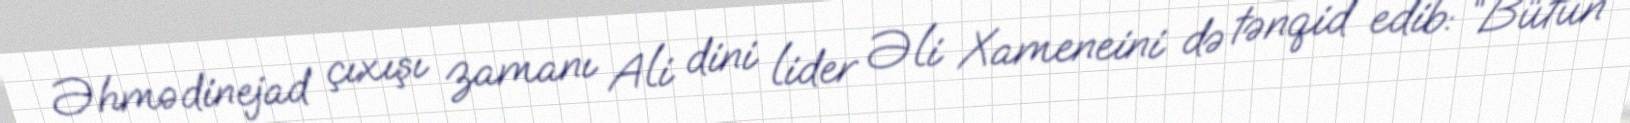
Əhmədinejad çıxışı zamanı Ali dini lider Əli Xameneini də tənqid edib: “Bütün